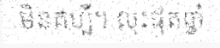
មិនគប្បី។ លុះផុតឆ្នាំ